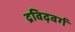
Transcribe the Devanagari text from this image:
द्रविढ़वर्ग